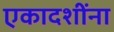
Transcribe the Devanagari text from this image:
एकादशींना